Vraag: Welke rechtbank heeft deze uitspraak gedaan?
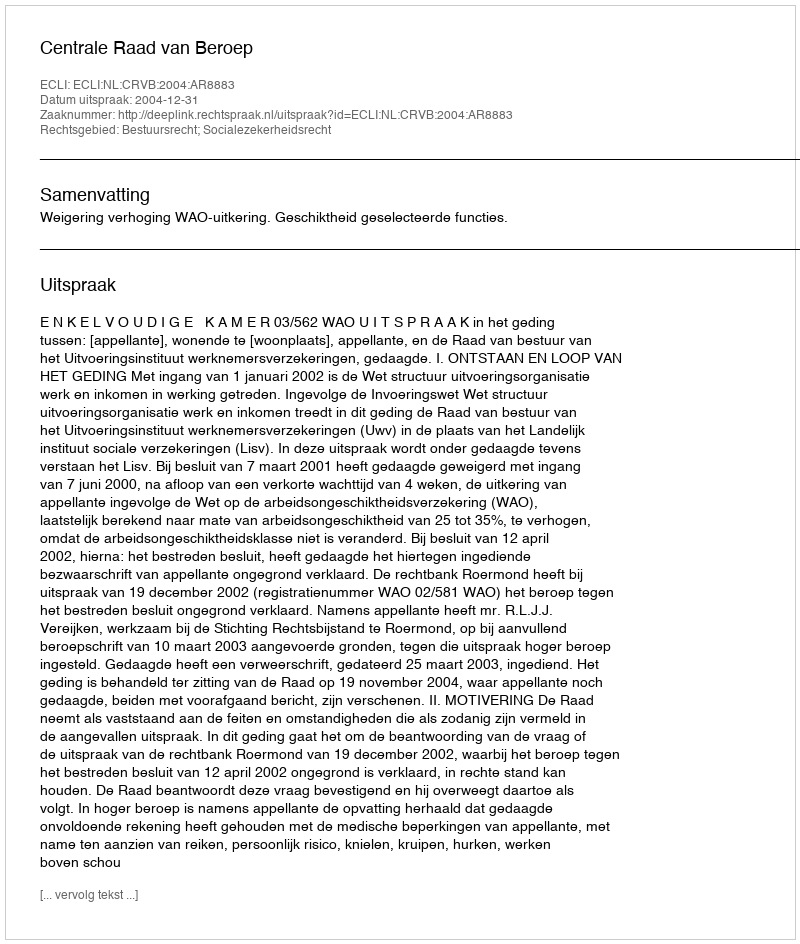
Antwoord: Centrale Raad van Beroep